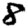
Digit: 8